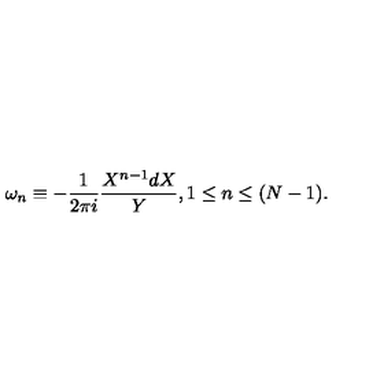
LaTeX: \omega _ { n } \equiv - \frac { 1 } { 2 \pi i } \frac { X ^ { n - 1 } d X } { Y } , 1 \leq n \leq ( N - 1 ) .